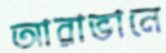
আরাভানে